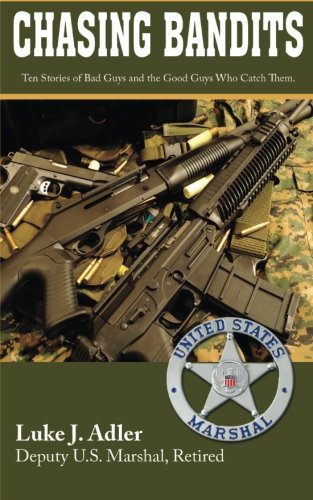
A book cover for Chasing Bandits; Luke Adler; Biographies & Memoirs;